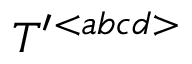
{ \cal T } ^ { \prime } { } ^ { < a b c d > }